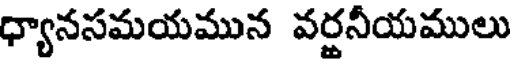
ధ్యానసమయమున వర్జనీయములు